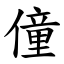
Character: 僮